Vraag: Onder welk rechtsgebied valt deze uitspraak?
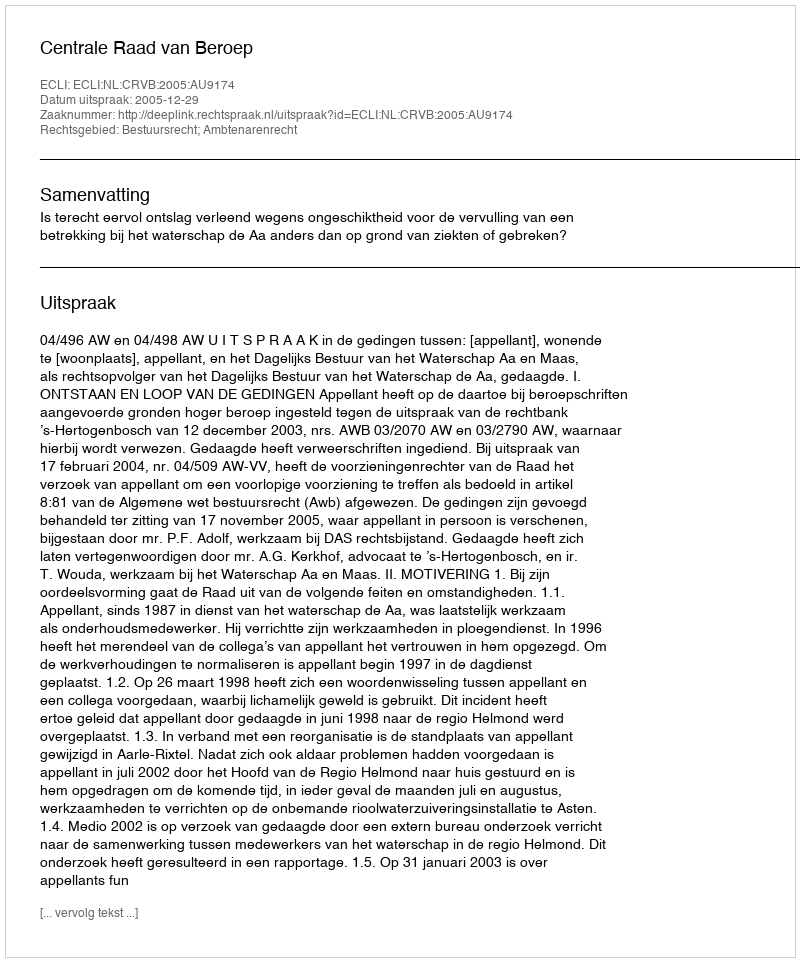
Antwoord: Bestuursrecht; Ambtenarenrecht